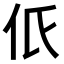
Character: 𠇊